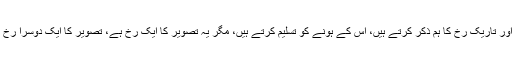
اِس سیاہ اور تاریک رُخ کا ہم ذکر کرتے ہیں، اِس کے ہونے کو تسلیم کرتے ہیں، مگر یہ تصویر کا ایک رُخ ہے، تصویر کا ایک دوسرا رُخ بھی ہے۔